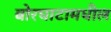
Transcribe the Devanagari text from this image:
बोरघाटामधील